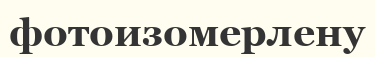
фотоизомерлену